342_HS1-416511228_319.1 Flying Discs 1949
Agency: Department of War
Incident date: 1/9/50
Page 92
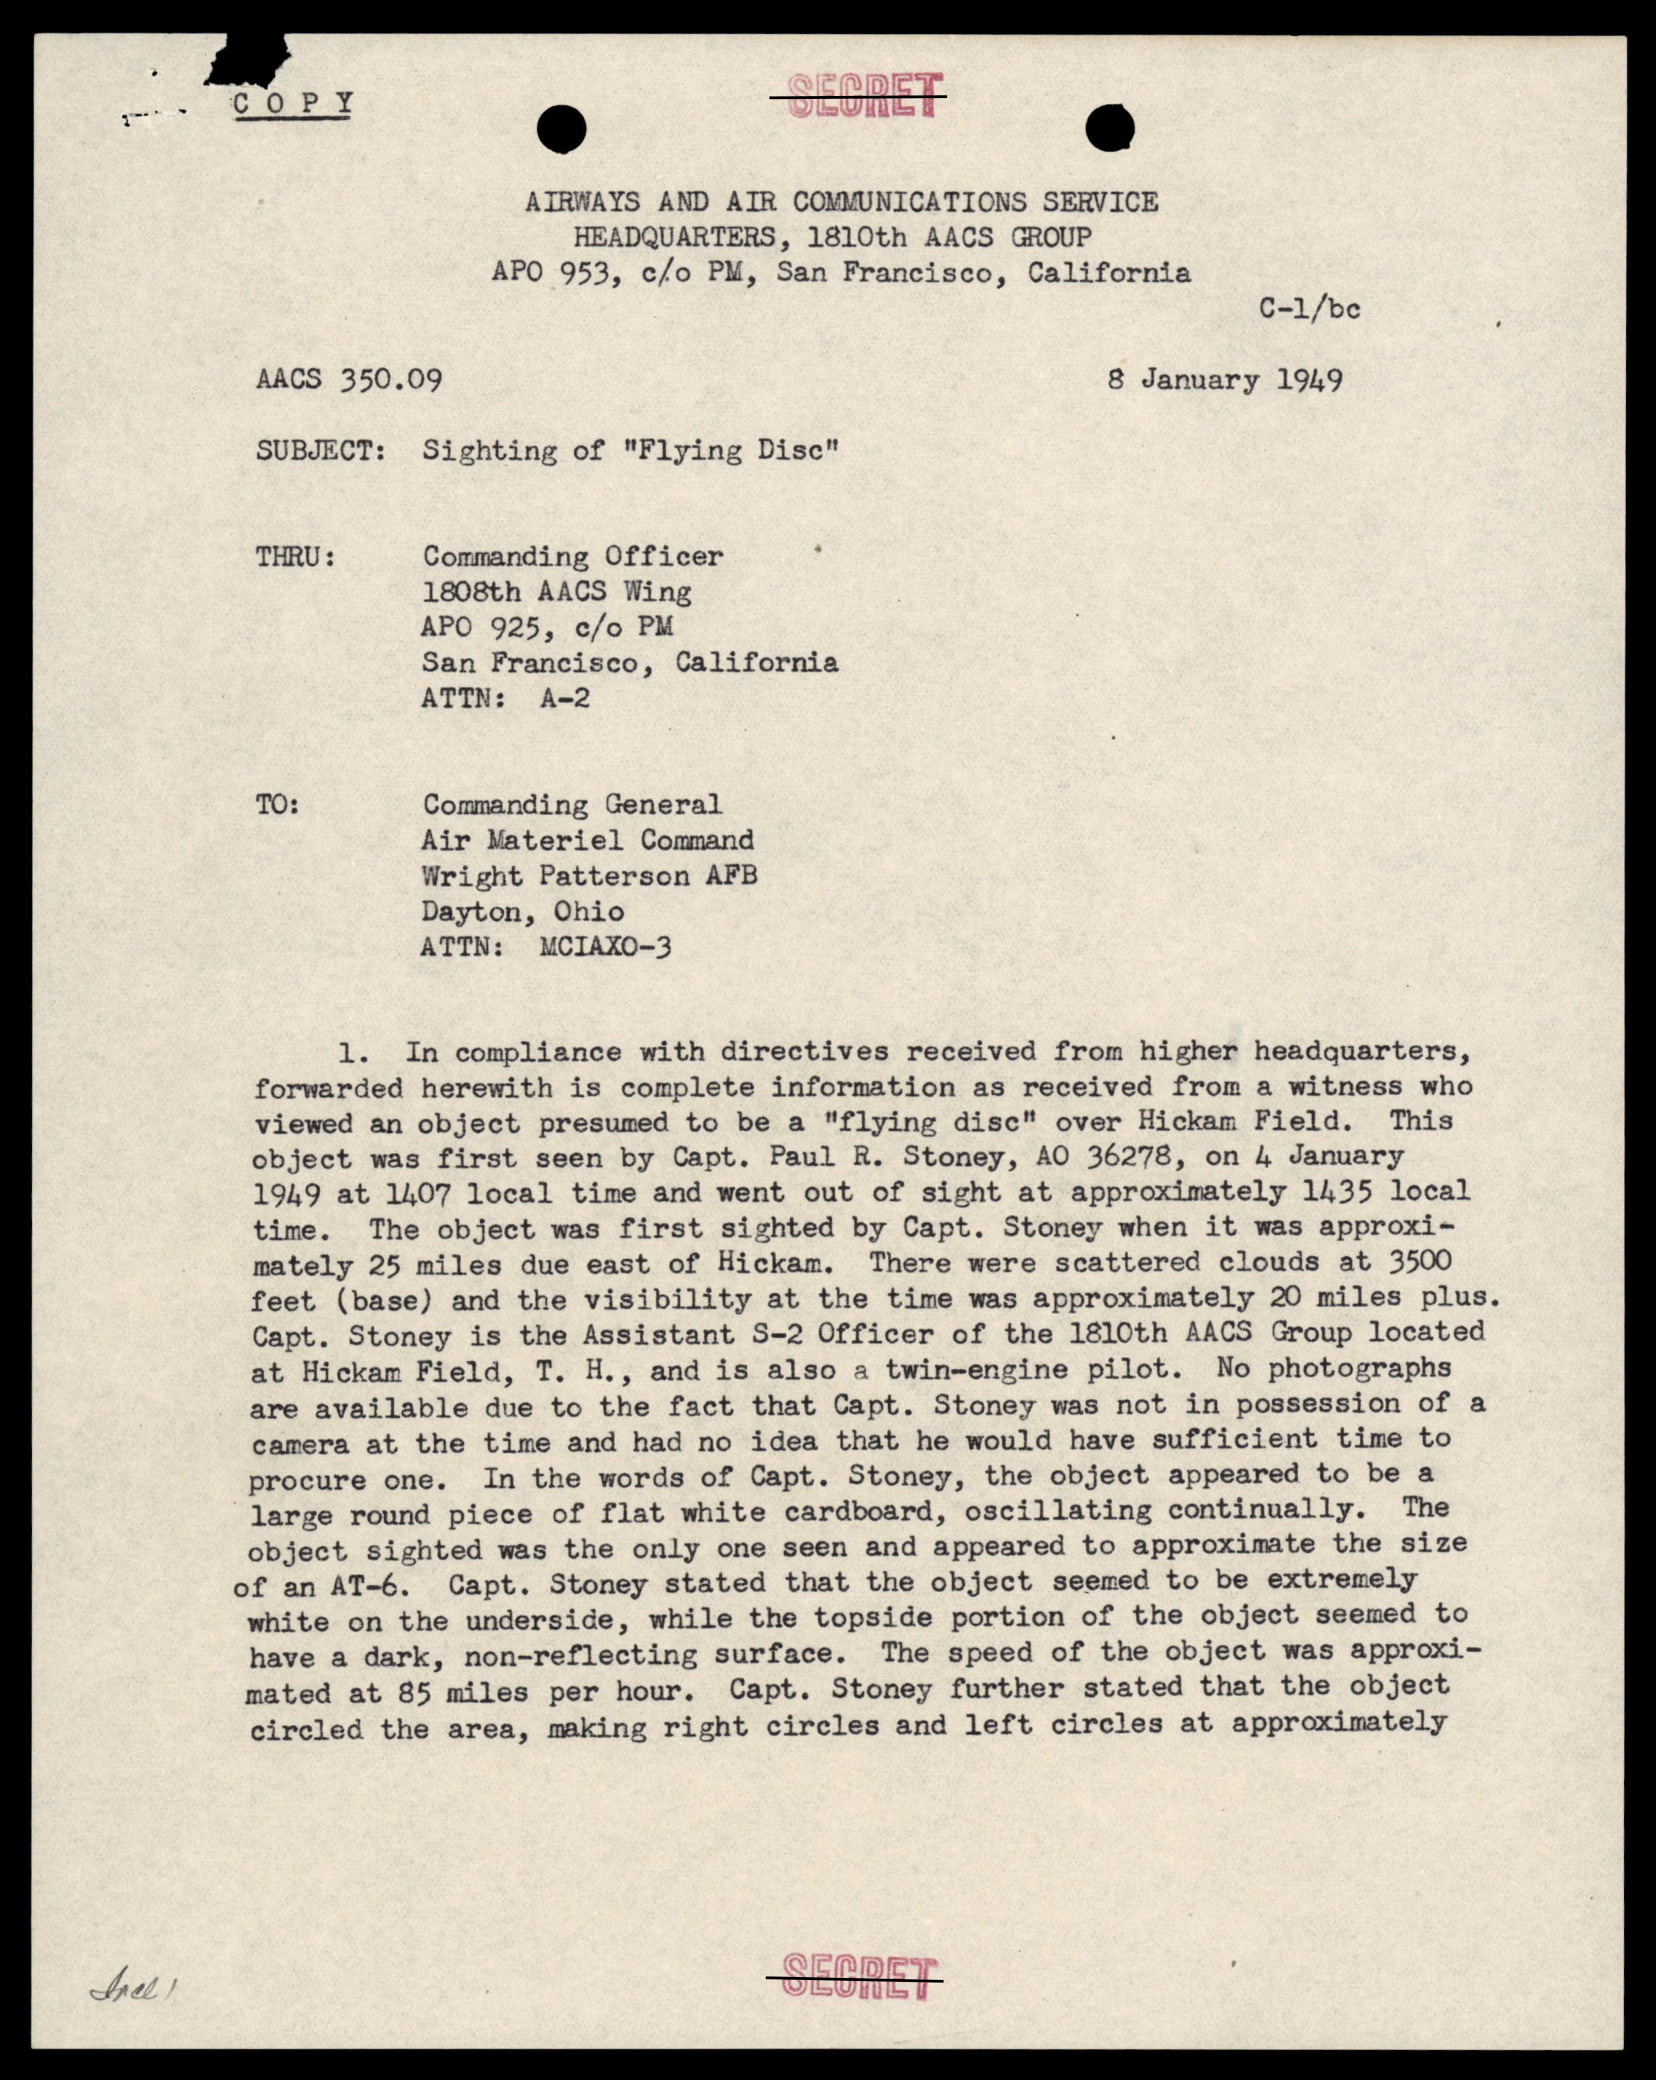